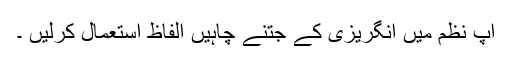
آپ نظم میں انگریزی کے جتنے چاہیں الفاظ استعمال کرلیں ۔